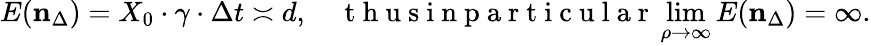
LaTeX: E(\mathbf{n}_{\Delta})=X_{0}\cdot\gamma\cdot\Delta t\asymp d,\quad\mathrm{~t~h~u~s~i~n~p~a~r~t~i~c~u~l~a~r~}\operatorname*{lim}_{\rho\to\infty}E(\mathbf{n}_{\Delta})=\infty.